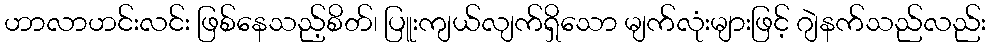
ဟာလာဟင်းလင်း ဖြစ်နေသည့်စိတ်၊ ပြူးကျယ်လျက်ရှိသော မျက်လုံးများဖြင့် ဂျဲနက်သည်လည်း